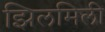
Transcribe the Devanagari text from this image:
झिलमिली